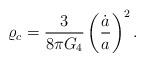
LaTeX: \begin{align*}\varrho_c={3\over{8\pi G_4}}\left({\dot{a}\over a}\right)^2.\end{align*}